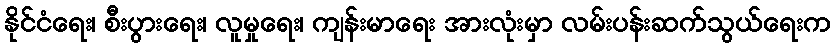
နိုင်ငံရေး၊ စီးပွားရေး၊ လူမှုရေး၊ ကျန်းမာရေး အားလုံးမှာ လမ်းပန်းဆက်သွယ်ရေးက